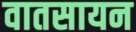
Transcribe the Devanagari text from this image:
वातसायन